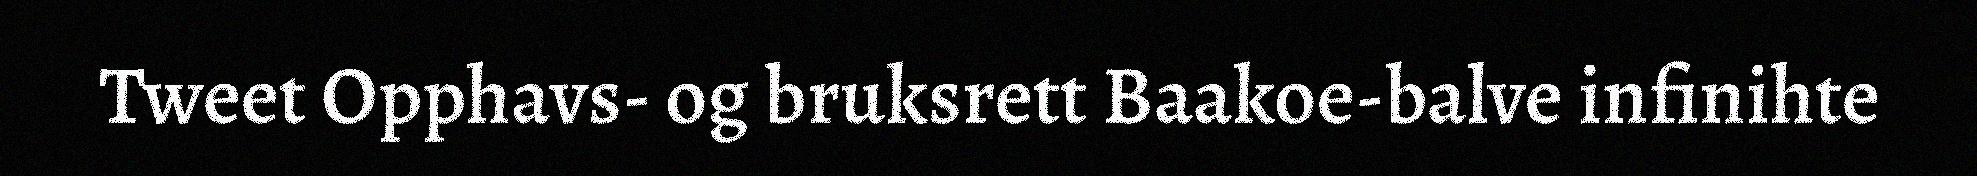
Tweet Opphavs- og bruksrett Baakoe-balve infinihte